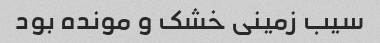
سیب زمینی خشک و مونده بود